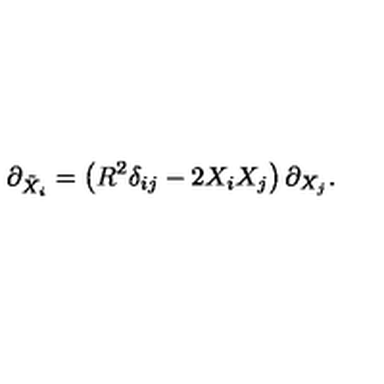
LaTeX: \partial _ { { \tilde { X } } _ { i } } = \left( R ^ { 2 } \delta _ { i j } - 2 X _ { i } X _ { j } \right) \partial _ { X _ { j } } .